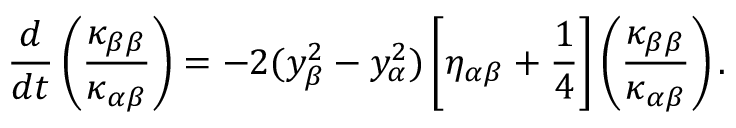
{ \frac { d } { d t } } \left( { \frac { \kappa _ { \beta \beta } } { \kappa _ { \alpha \beta } } } \right) = - 2 ( y _ { \beta } ^ { 2 } - y _ { \alpha } ^ { 2 } ) \left[ \eta _ { \alpha \beta } + { \frac { 1 } { 4 } } \right] \left( { \frac { \kappa _ { \beta \beta } } { \kappa _ { \alpha \beta } } } \right) .